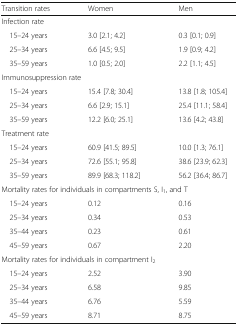
<table><thead><tr><td><b>Transition rates</b></td><td><b>Women</b></td><td><b>Men</b></td></tr></thead><tbody><tr><td colspan="3">Infection rate</td></tr><tr><td> 15–24 years</td><td>3.0 [2.1; 4.2]</td><td>0.3 [0.1; 0.9]</td></tr><tr><td> 25–34 years</td><td>6.6 [4.5; 9.5]</td><td>1.9 [0.9; 4.2]</td></tr><tr><td> 35–59 years</td><td>1.0 [0.5; 2.0]</td><td>2.2 [1.1; 4.5]</td></tr><tr><td colspan="3">Immunosuppression rate</td></tr><tr><td> 15–24 years</td><td>15.4 [7.8; 30.4]</td><td>13.8 [1.8; 105.4]</td></tr><tr><td> 25–34 years</td><td>6.6 [2.9; 15.1]</td><td>25.4 [11.1; 58.4]</td></tr><tr><td> 35–59 years</td><td>12.2 [6.0; 25.1]</td><td>13.6 [4.2; 43.8]</td></tr><tr><td colspan="3">Treatment rate</td></tr><tr><td> 15–24 years</td><td>60.9 [41.5; 89.5]</td><td>10.0 [1.3; 76.1]</td></tr><tr><td> 25–34 years</td><td>72.6 [55.1; 95.8]</td><td>38.6 [23.9; 62.3]</td></tr><tr><td> 35–59 years</td><td>89.9 [68.3; 118.2]</td><td>56.2 [36.4; 86.7]</td></tr><tr><td colspan="3">Mortality rates for individuals in compartments S, I<sub>1</sub>, and T</td></tr><tr><td> 15–24 years</td><td>0.12</td><td>0.16</td></tr><tr><td> 25–34 years</td><td>0.34</td><td>0.53</td></tr><tr><td> 35–44 years</td><td>0.23</td><td>0.61</td></tr><tr><td> 45–59 years</td><td>0.67</td><td>2.20</td></tr><tr><td colspan="3">Mortality rates for individuals in compartment I<sub>2</sub></td></tr><tr><td> 15–24 years</td><td>2.52</td><td>3.90</td></tr><tr><td> 25–34 years</td><td>6.58</td><td>9.85</td></tr><tr><td> 35–44 years</td><td>6.76</td><td>5.59</td></tr><tr><td> 45–59 years</td><td>8.71</td><td>8.75</td></tr></tbody></table>